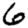
Digit: 6